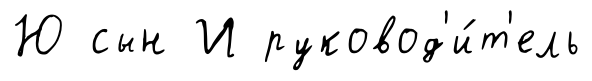
Ю сын И руковод'и́т'ель